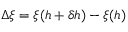
\Delta \xi = \xi ( h + \delta h ) - \xi ( h )